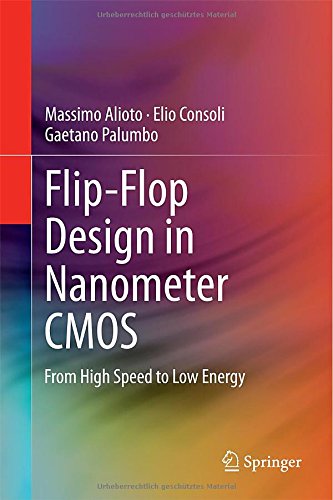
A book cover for Flip-Flop Design in Nanometer CMOS: From High Speed to Low Energy; Massimo Alioto; Computers & Technology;